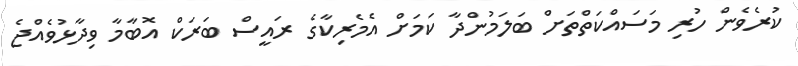
ކުރެވެން ހުރި މަސައްކަތްތަށް ބަލަމުންދާ ކަމަށް އެެމެރިކާގެ ރައީސް ބަރަކް އޮބާމާ ވިދާޅުވެއްޖެ